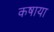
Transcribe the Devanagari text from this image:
कषाया